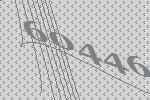
60446